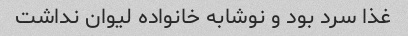
غذا سرد بود و نوشابه خانواده لیوان نداشت